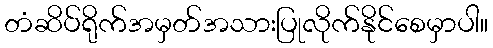
တံဆိပ်ရိုက်အမှတ်အသားပြုလိုက်နိုင်စေမှာပါ။